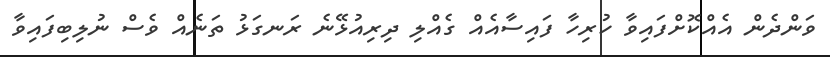
ވަންދެން އެއްކޮށްފައިވާ ހުރިހާ ފައިސާއެއް ގެއްލި ދިރިއުޅޭނެ ރަނގަޅު ތަނެއް ވެސް ނުލިބިފައިވާ